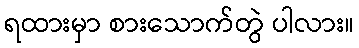
ရထားမှာ စားသောက်တွဲ ပါလား။